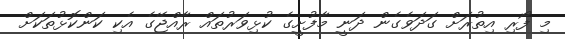
މި ފޯރި އިތުރަށް ގަދަވެގެން ދަނީ މާފުށީގެ ކުޅިވަރުތައް ރާއްޖޭގެ އެކި ކަންކޮޅުތަކަށް